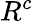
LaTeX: R^{c}